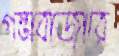
গন্ডাবাজারে